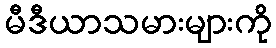
မီဒီယာသမားများကို